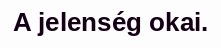
A jelenség okai.